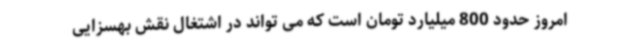
امروز حدود 800 میلیارد تومان است که می تواند در اشتغال نقش بهسزایی